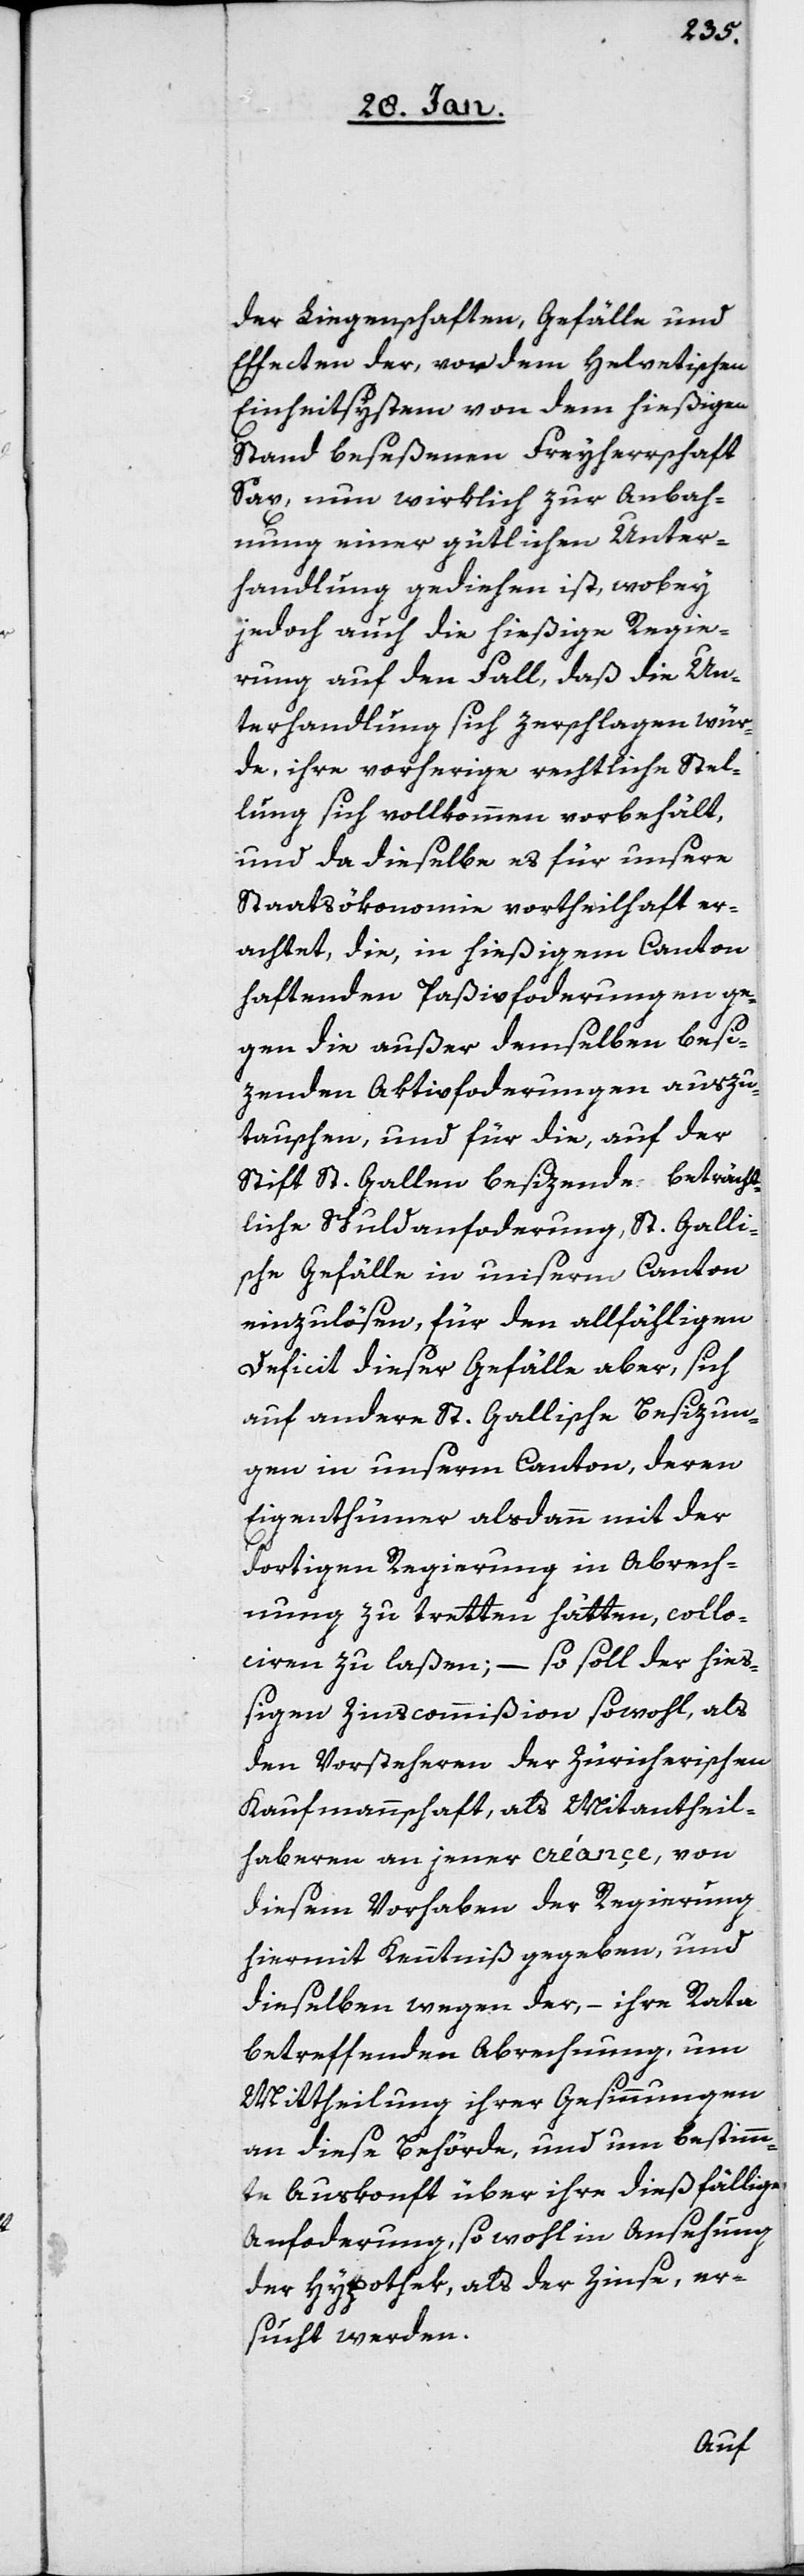
der Liegenschaften, Gefälle und
Effecten der, von dem Helvetischen
Einheitssystem von dem hießigen
Stand beseßenen Freyherrschaft
Sax, nun wirklich zur Anbah¬
nung einer gütlichen Unter¬
handlung gediehen ist, wobey
jedoch auch die hießige Regie¬
rung auf den Fall, daß die Un¬
terhandlung sich zerschlagen wür¬
de, ihre vorherige rechtliche Stel¬
lung sich vollkommen vorbehält,
und da dieselbe es für unsere
Staatsökonomie vortheilhaft er¬
achtet, die, in hießigem Canton
haftenden Paßivforderungen ge¬
gen die außer demselben besi¬
zenden Aktivforderungen auszu¬
tauschen, und für die, auf der
Stift St. Gallen besizende, beträcht¬
liche Schuldanforderung, St. Galli¬
sche Gefälle in unserm Canton
einzulösen, für den allfähligen
Deficit dieser Gefälle aber, sich
auf andere St. Gallische Besizun¬
gen in unserm Canton, deren
Eigenthümer alsdann mit der
dortigen Regierung in Abrech¬
nung zu tretten hätten, collo¬
ciren zu laßen; – so soll der hieß¬
igen Zinscommißion sowohl, als
den Vorsteheren der Zürcherischen
Kaufmannschaft, als Mitantheil¬
haberen an jener créançe, von
diesem Vorhaben der Regierung
hiermit Kenntniß gegeben, und
dieselben wegen der, – ihre Rata
betreffenden Abrechnung, um
Mittheilung ihrer Gesinnungen
an diese Behörde, und um bestimm¬
te Auskonft über ihre dießfällige
Anforderung, so wohl in Ansehung
der Hypothek, als der Zinse, er¬
sucht werden.